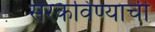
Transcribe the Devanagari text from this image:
सरकविण्याची